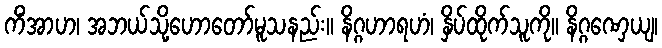
ကိံအာဟ၊ အဘယ်သို့ဟောတော်မူသနည်း။ နိဂ္ဂဟာရဟံ၊ နှိပ်ထိုက်သူကို။ နိဂ္ဂဏှေယျ၊